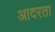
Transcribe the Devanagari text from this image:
आदरता